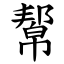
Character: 幚